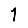
Digit: 1